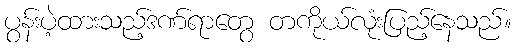
ပွန်းပဲ့ထားသည့်ဒဏ်ရာတွေ တကိုယ်လုံးပြည့်နေသည်။